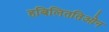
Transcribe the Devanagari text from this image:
हबिलिततिओन